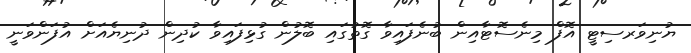
ޔުނިވަރސިޓީ އޮފް މިނެސޮޓާއިން ބުނެފައިވާ ގޮތުގައި ބޮލުން ގުޅިފައިވާ ކުދިން ދުނިޔެއަށް އުފަންވަނީ